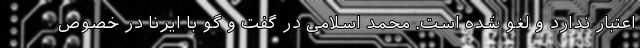
اعتبار ندارد و لغو شده است. محمد اسلامی در گفت و گو با ایرنا در خصوص